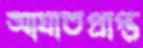
আঘাতপ্রাপ্ত